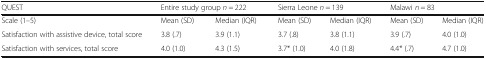
<table><thead><tr><td><b>QUEST</b></td><td colspan="2"><b>Entire study group <i>n</i> = 222</b></td><td colspan="2"><b>Sierra Leone <i>n</i> = 139</b></td><td colspan="2"><b>Malawi <i>n</i> = 83</b></td></tr></thead><tbody><tr><td>Scale (1–5)</td><td>Mean (SD)</td><td>Median (IQR)</td><td>Mean (SD)</td><td>Median (IQR)</td><td>Mean (SD)</td><td>Median (IQR)</td></tr><tr><td>Satisfaction with assistive device, total score</td><td>3.8 (.7)</td><td>3.9 (1.1)</td><td>3.7 (.8)</td><td>3.8 (1.1)</td><td>3.9 (.7)</td><td>4.0 (1.0)</td></tr><tr><td>Satisfaction with services, total score</td><td>4.0 (1.0)</td><td>4.3 (1.5)</td><td>3.7* (1.0)</td><td>4.0 (1.8)</td><td>4.4* (.7)</td><td>4.7 (1.0)</td></tr></tbody></table>